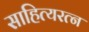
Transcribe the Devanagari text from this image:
साहित्यरत्‍न